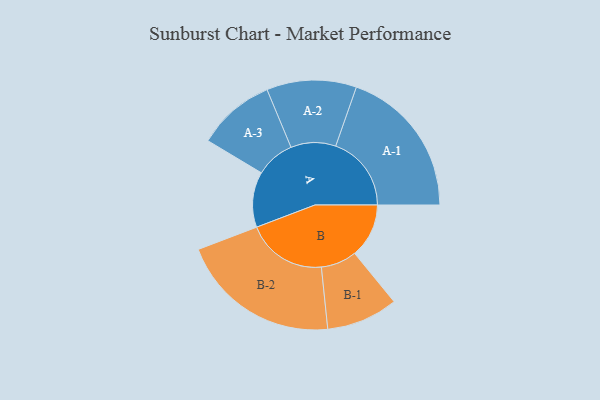
{"axis": {"x": "Segment", "y": "Value"}, "legend": ["", "A", "B"], "data": [{"x": "A", "y": 189, "type": ""}, {"x": "B", "y": 185, "type": ""}, {"x": "A-1", "y": 258, "type": "A"}, {"x": "A-2", "y": 153, "type": "A"}, {"x": "A-3", "y": 133, "type": "A"}, {"x": "B-1", "y": 122, "type": "B"}, {"x": "B-2", "y": 274, "type": "B"}]}